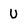
Character: U